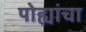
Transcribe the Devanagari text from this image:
पोह्यांचा